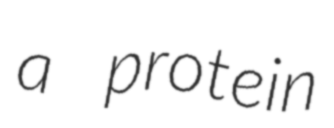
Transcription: a protein